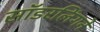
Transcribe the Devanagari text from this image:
सॉडरलिंगने